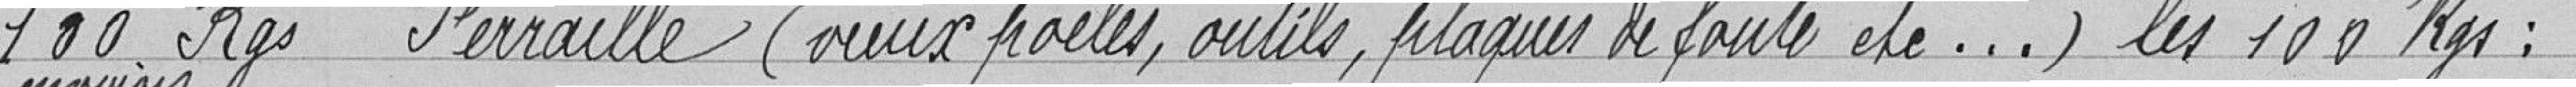
100 kilogrammes Ferraille (vieux poêles, outils, plaques de fonde etc.) les 100 kilogrammes